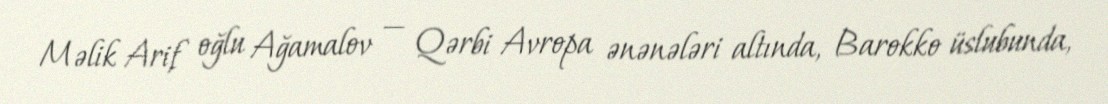
Məlik Arif oğlu Ağamalov — Qərbi Avropa ənənələri altında, Barokko üslubunda,